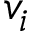
v _ { i }